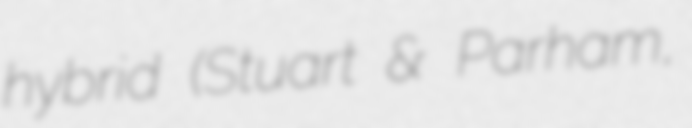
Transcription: hybrid (Stuart & Parham,